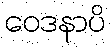
ဝေဒနာပိ